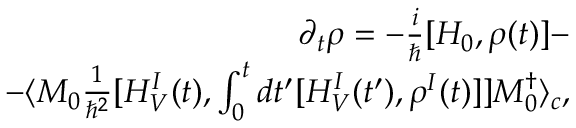
\begin{array} { r l r } & { } & { \partial _ { t } \rho = - \frac { i } { \hbar } [ H _ { 0 } , \rho ( t ) ] - } \\ & { } & { - \langle M _ { 0 } \frac { 1 } { \hbar ^ { 2 } } [ H _ { V } ^ { I } ( t ) , \int _ { 0 } ^ { t } d t ^ { \prime } [ H _ { V } ^ { I } ( t ^ { \prime } ) , \rho ^ { I } ( t ) ] ] M _ { 0 } ^ { \dagger } \rangle _ { c } , } \end{array}